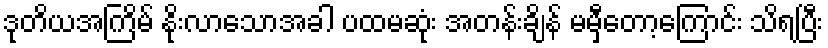
ဒုတိယအကြိမ် နိုးလာသောအခါ ပထမဆုံး အတန်းချိန် မမှီတော့ကြောင်း သိရပြီး